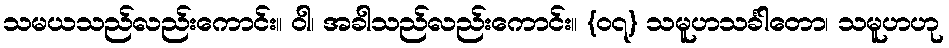
သမယသည်လည်းကောင်း။ ဝါ၊ အခါသည်လည်းကောင်း။ {၀၇} သမူဟသင်္ခါတော၊ သမူဟဟု